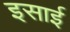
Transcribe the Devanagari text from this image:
इसार्इ